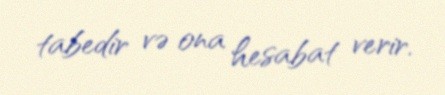
tabedir və ona hesabat verir.